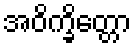
အဝိက္ခိတ္တော